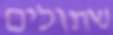
שתולים